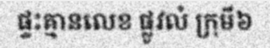
ផ្ទះគ្មានលេខ ផ្លូវលំ ក្រុមី៦